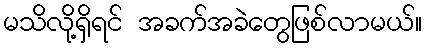
မသိလို့ရှိရင် အခက်အခဲတွေဖြစ်လာမယ်။